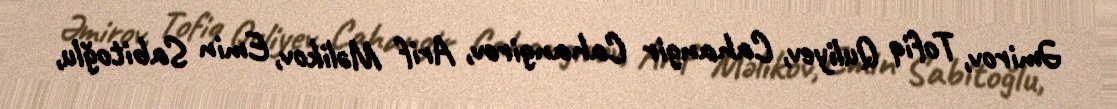
Əmirov, Tofiq Quliyev, Cahangir Cahangirov, Arif Məlikov, Emin Sabitoğlu,